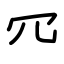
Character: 㓁